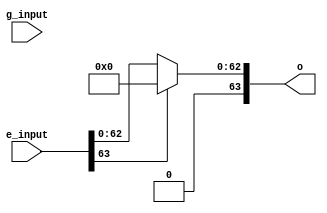
`timescale 1ns / 1ps
module relu(
    input [63:0] g_input, //mask
    input [63:0] e_input, //relu input
    output [63:0] o
    );
    assign o = (e_input[63] == 0)? e_input : 0;   //if the sign bit is high, send masked zero on the output else send the masked input
endmodule